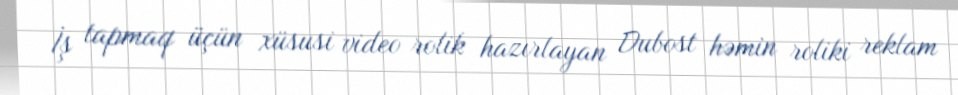
İş tapmaq üçün xüsusi video rolik hazırlayan Dubost həmin roliki reklam